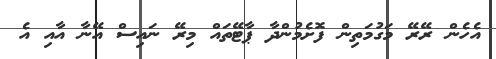
އެހެން ރޭރޭ މަގުމަތިން ފޮށެމުންދާ ޕާޓޭތައް މިރޭ ނައިސް އޭނާ އާއި އެ